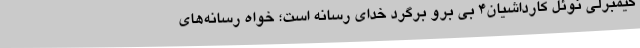
کیمبرلی نوئل کارداشیان۴ بی برو برگرد خدای رسانه است؛ خواه رسانه‌های